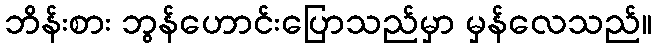
ဘိန်းစား ဘွန်ဟောင်းပြောသည်မှာ မှန်လေသည်။